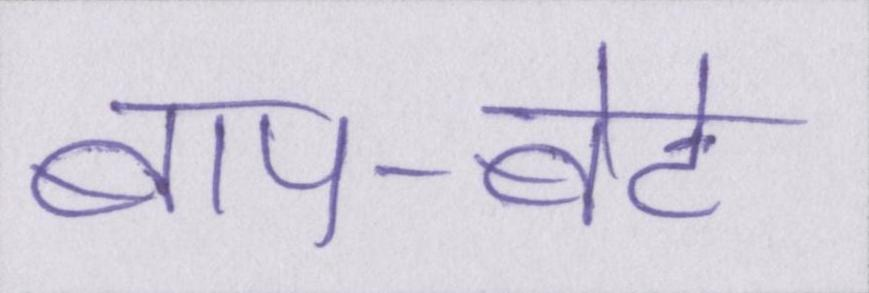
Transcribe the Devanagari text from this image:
बाप-बेटे